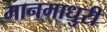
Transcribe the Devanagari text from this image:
मानमाधुरी